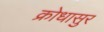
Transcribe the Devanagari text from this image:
क्रोधासुर